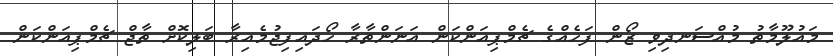
މައުލޫމާތު މުއްސަނދިވި ޒޯން ފަހެއްގެ ޗެމްޕިއަންކަން އަނަންތާރާ ހޯދައިފިޖުމެއިރާ ބަލިކޮށް ތާޖް ޗެމްޕިއަންކަން